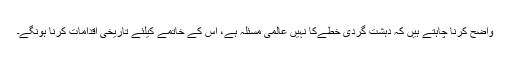
واضح کرنا چاہتے ہیں کہ دہشت گردی خطےکا نہیں عالمی مسئلہ ہے، اس کے خاتمے کیلئے تاریخی اقدامات کرنا ہونگے۔